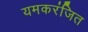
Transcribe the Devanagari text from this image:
यमकरंजित